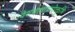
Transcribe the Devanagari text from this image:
देशभाषाप्रयोक्तृभि